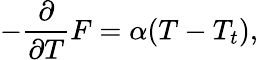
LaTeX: -\frac{\partial}{\partial T}F=\alpha(T-T_{t}),